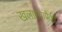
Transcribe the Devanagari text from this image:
खलाश्यांपैकी